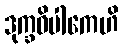
ဒုက္ခဝိပါကေဟိ